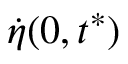
\dot { \eta } ( 0 , t ^ { * } )